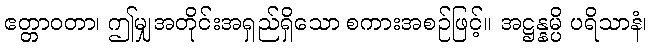
ဧတ္တာဝတာ၊ ဤမျှအတိုင်းအရှည်ရှိသော စကားအစဉ်ဖြင့်။ အဋ္ဌန္နမ္ပိ ပရိသာနံ၊